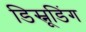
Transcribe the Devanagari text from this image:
डिस्नूडिंग